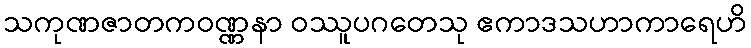
သကုဏဇာတကဝဏ္ဏနာ ဝဿူပဂတေသု ဧကာဒသဟာကာရေဟိ